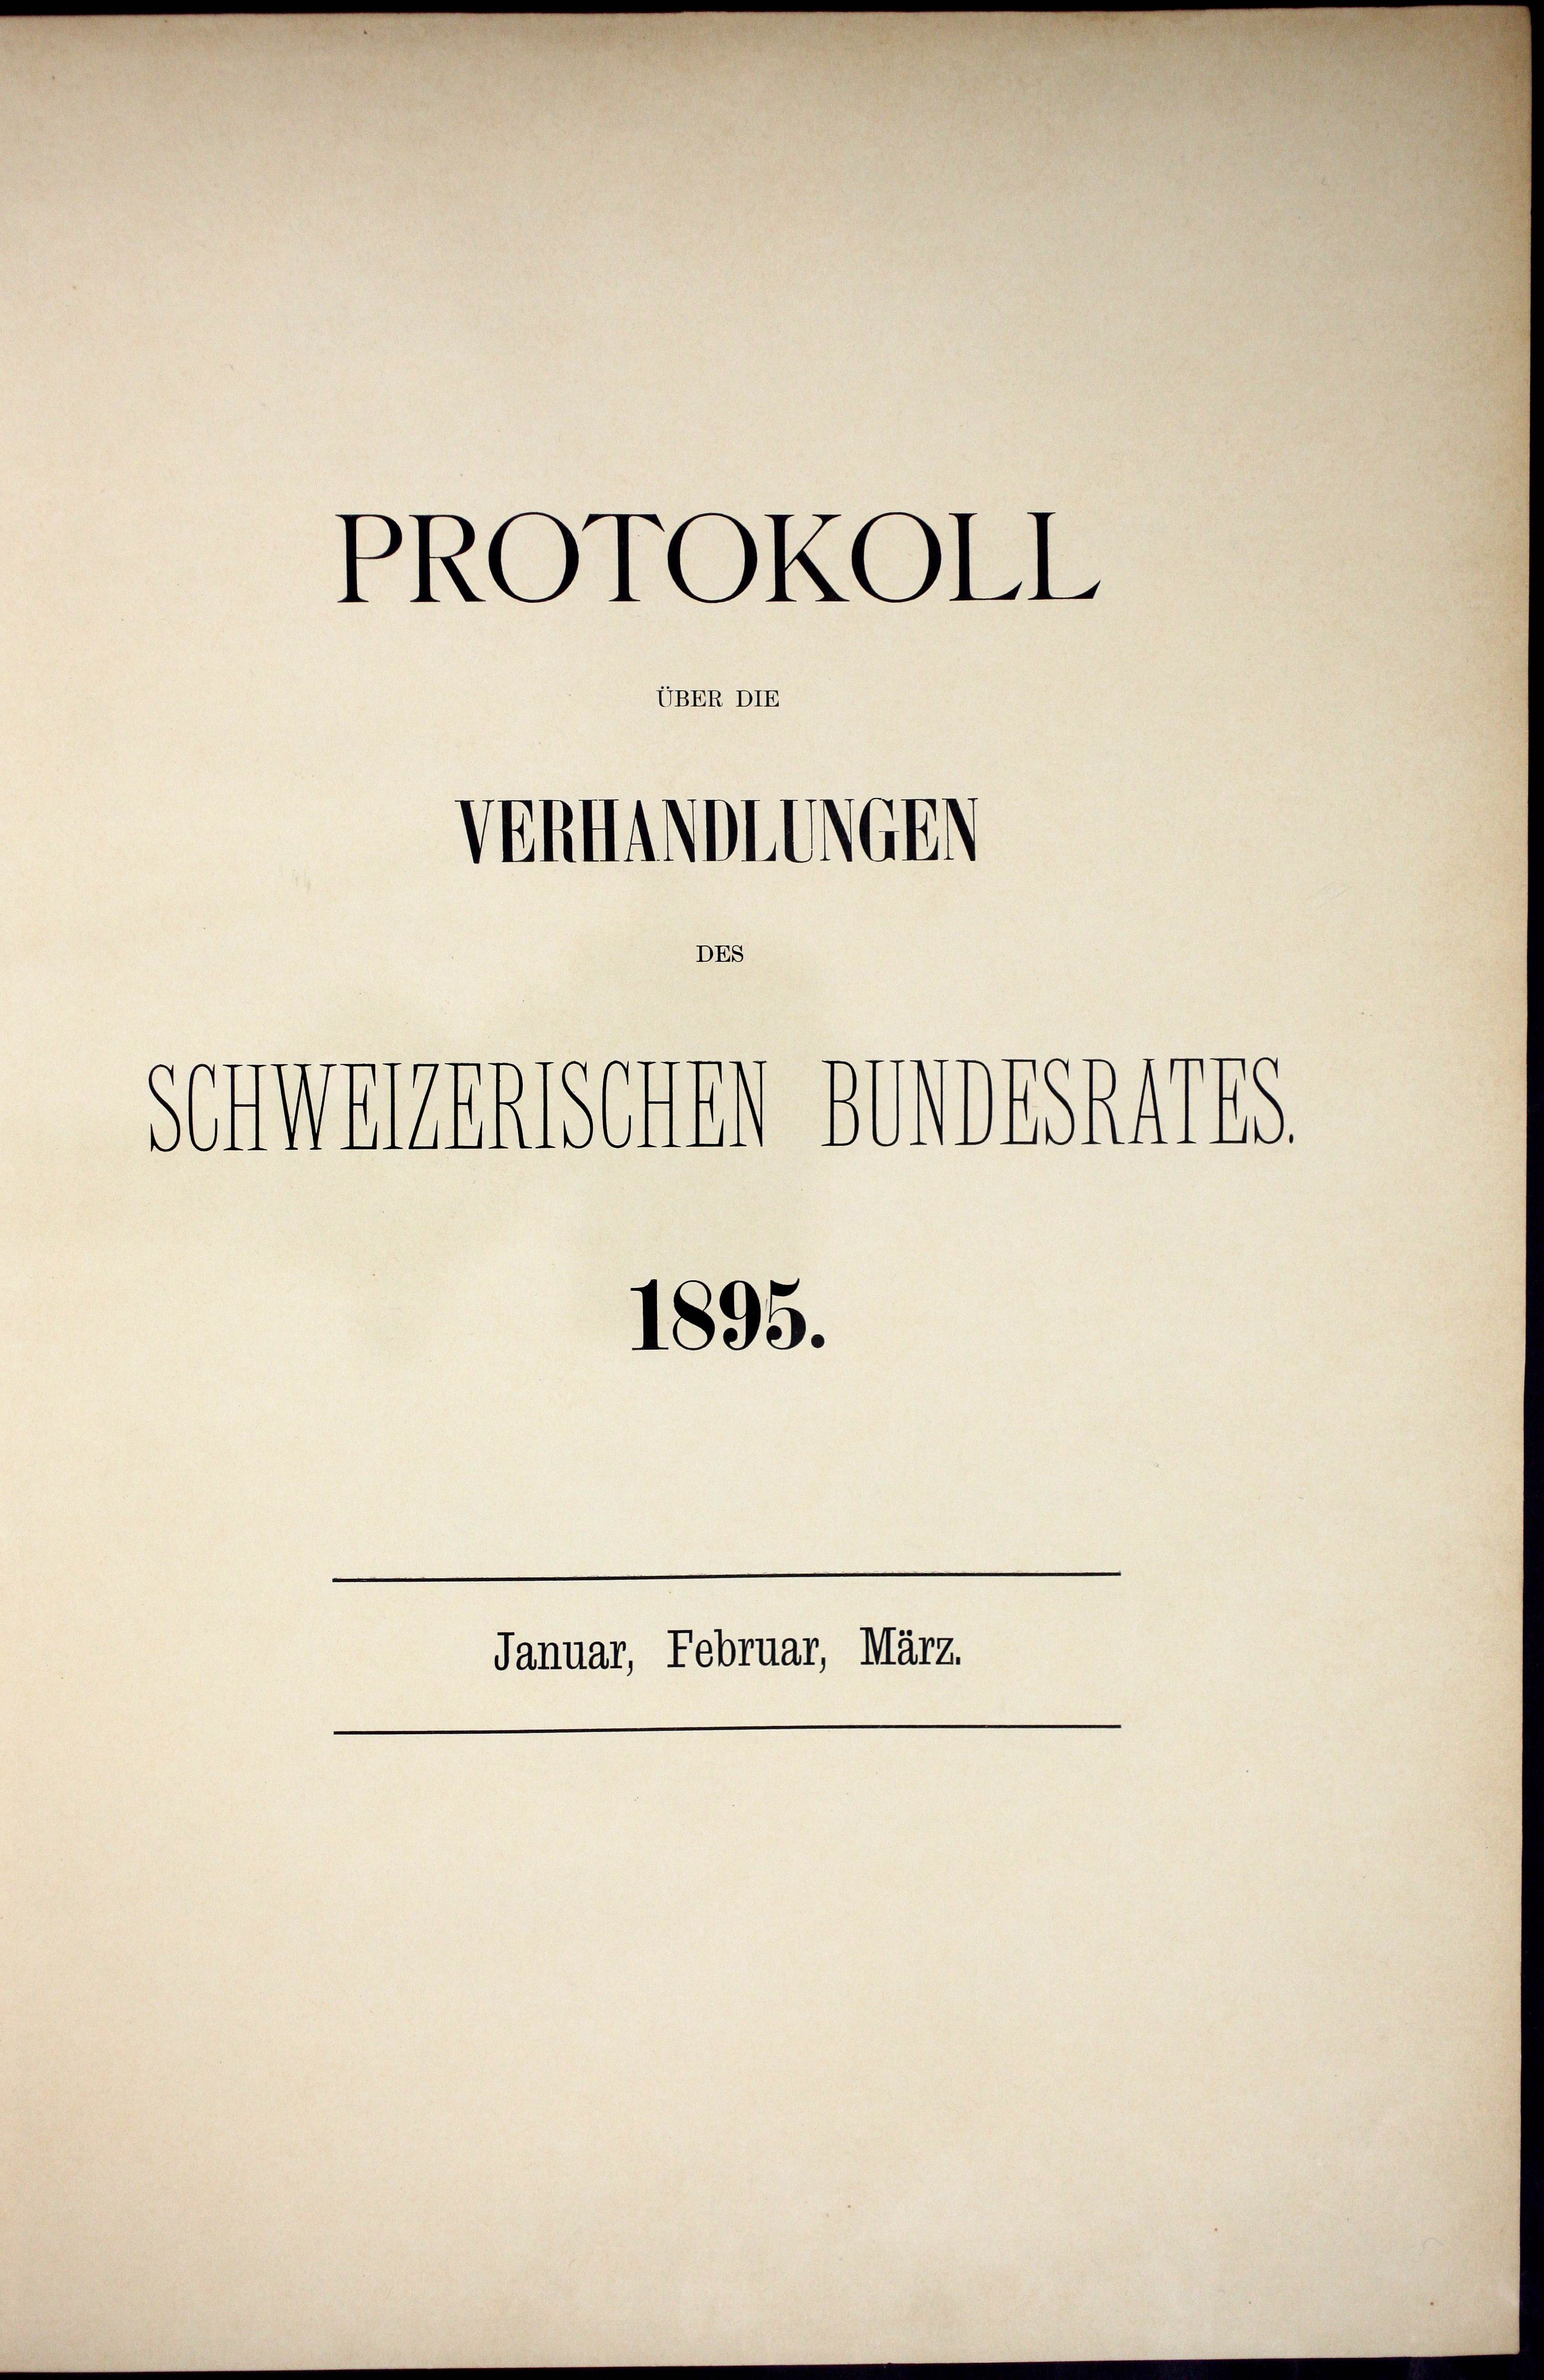
PROTOKOLL

UBER DIE

Venmachtungen
DES

Schwanenschen Aussaires.
1895.

Januar, Februar, März.